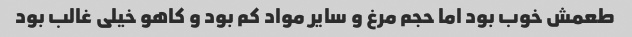
طعمش خوب بود اما حجم مرغ و سایر مواد کم بود و کاهو خیلی غالب بود